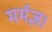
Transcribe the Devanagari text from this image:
मर्मज्ञ।